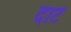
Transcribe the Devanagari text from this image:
दाटे